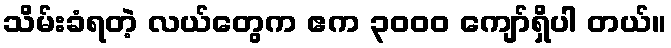
သိမ်းခံရတဲ့ လယ်တွေက ဧက ၃၀၀၀ ကျော်ရှိပါ တယ်။